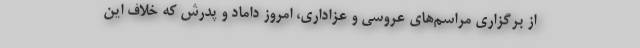
از برگزاری مراسم‌های عروسی و عزاداری، امروز داماد و پدرش که خلاف این